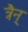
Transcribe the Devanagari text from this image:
त्रैन्